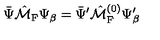
\bar { \Psi } \hat { \cal M } _ { \mathrm { F } } \Psi _ { \beta } = \bar { \Psi } ^ { \prime } \hat { \cal M } _ { \mathrm { F } } ^ { ( 0 ) } \Psi _ { \beta } ^ { \prime }